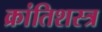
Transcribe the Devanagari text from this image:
क्रांतिशस्त्र